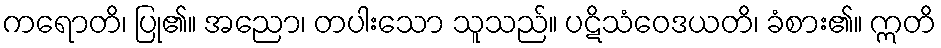
ကရောတိ၊ ပြု၏။ အညော၊ တပါးသော သူသည်။ ပဋိသံဝေဒယတိ၊ ခံစား၏။ ဣတိ